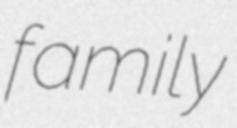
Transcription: family